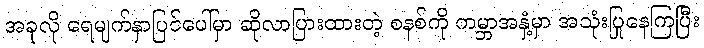
အခုလို ရေမျက်နှာပြင်ပေါ်မှာ ဆိုလာပြားထားတဲ့ စနစ်ကို ကမ္ဘာအနှံ့မှာ အသုံးပြုနေကြပြီး